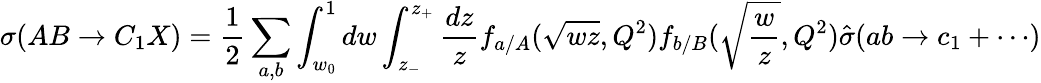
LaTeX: \sigma(AB\rightarrow C_{1}X)=\frac{1}{2}\sum_{a,b}\int_{w_{0}}^{1}dw\int_{z_{-}}^{z_{+}}\frac{dz}{z}f_{a/A}(\sqrt{wz},Q^{2})f_{b/B}(\sqrt{\frac{w}{z}},Q^{2})\hat{\sigma}(ab\rightarrow c_{1}+\cdots)